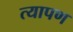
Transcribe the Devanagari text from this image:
त्यापण